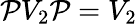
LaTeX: \mathcal PV_{2}\mathcal{P}=V_{2}